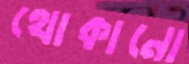
থোকানো